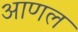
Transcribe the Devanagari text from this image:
आणल